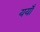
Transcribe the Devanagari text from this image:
ययाँ